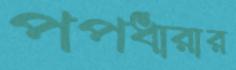
পপধারার